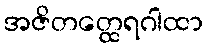
အဇိတတ္ထေရဂါထာ